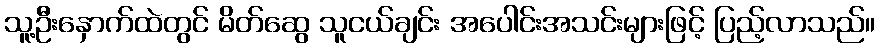
သူ့ဦးနှောက်ထဲတွင် မိတ်ဆွေ သူငယ်ချင်း အပေါင်းအသင်းများဖြင့် ပြည့်လာသည်။